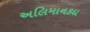
અલિમાનકદા